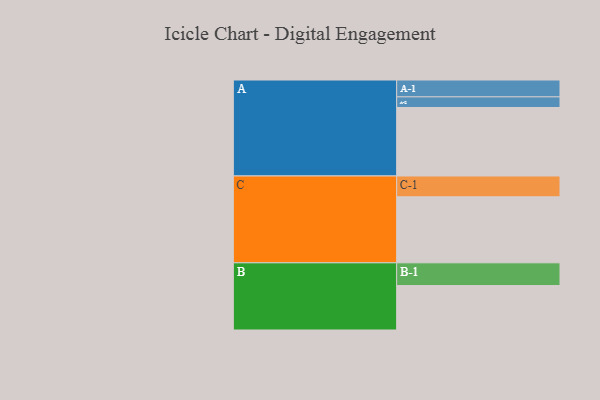
{"axis": {"x": "Segment", "y": "Value"}, "legend": ["", "A", "B", "C"], "data": [{"x": "A", "y": 585, "type": ""}, {"x": "B", "y": 380, "type": ""}, {"x": "C", "y": 564, "type": ""}, {"x": "A-1", "y": 144, "type": "A"}, {"x": "A-2", "y": 91, "type": "A"}, {"x": "B-1", "y": 194, "type": "B"}, {"x": "C-1", "y": 178, "type": "C"}]}